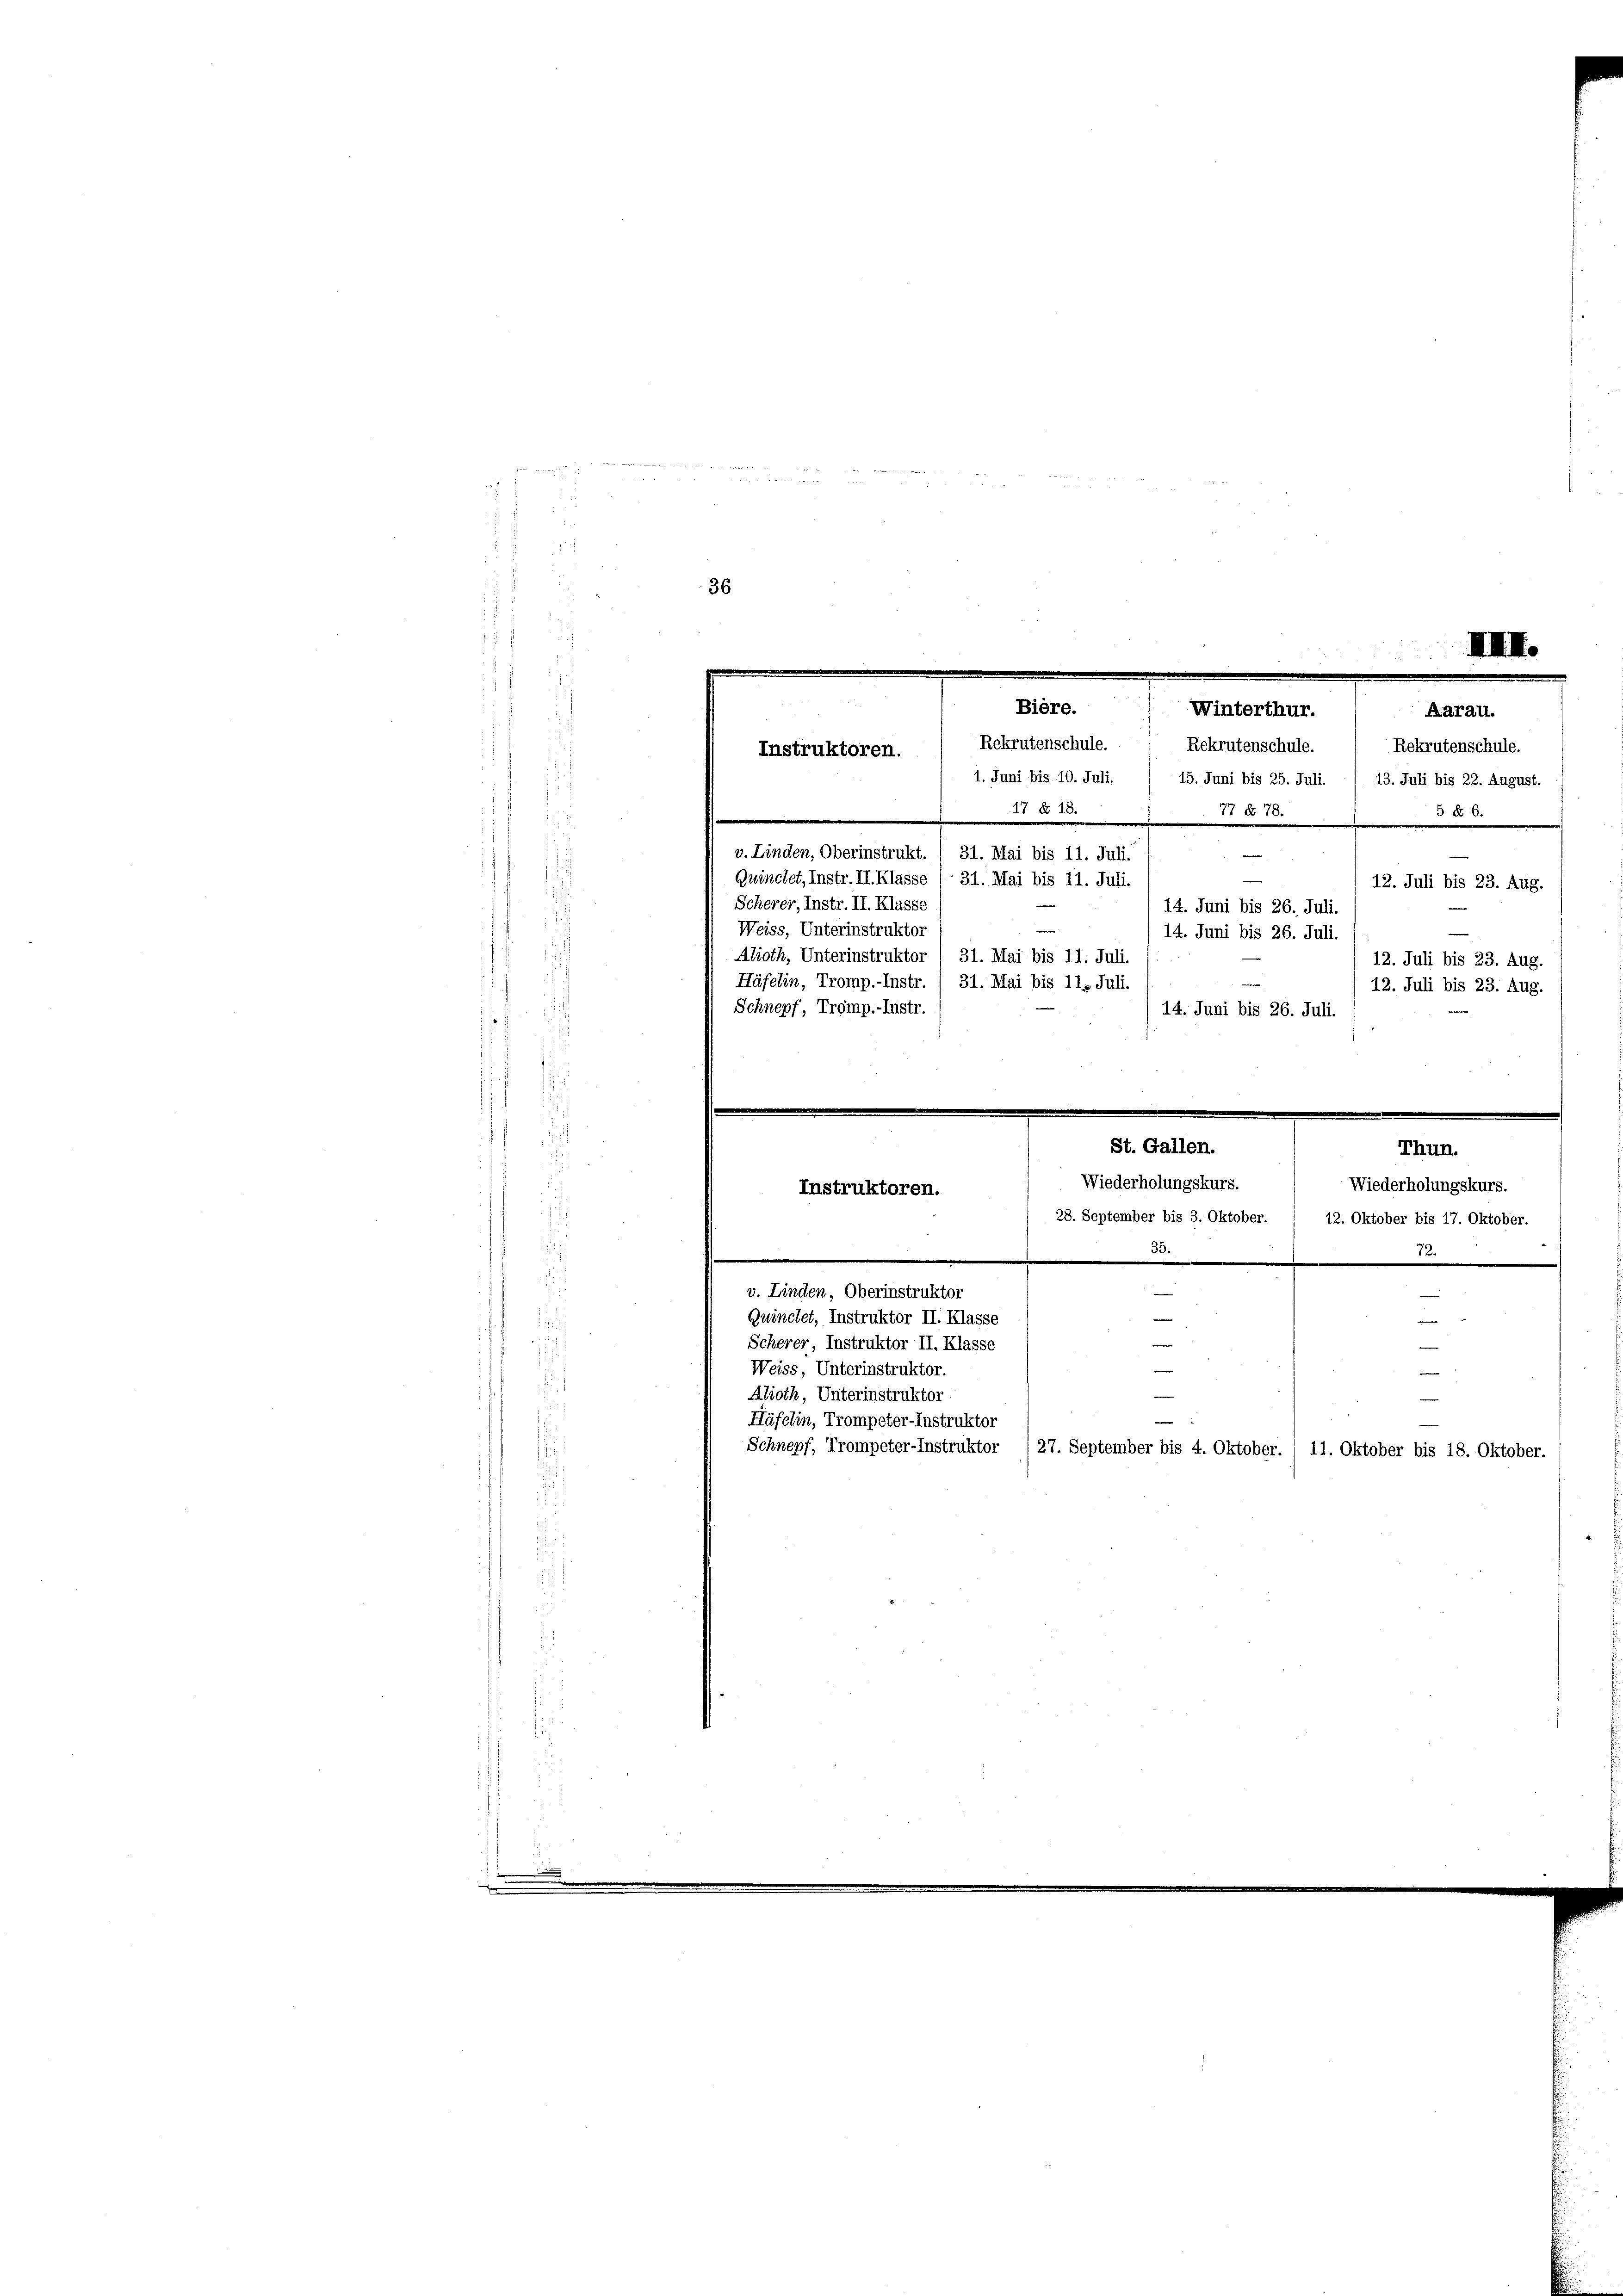
d
.
i
f

36
2
.

¬
I
.
Bière.
Winterthur.
Aarau.
Rekrutenschule.  Rekrutenschule.  Rekrutenschule.
Instruktoren.
1. Juni bis 10. Juli.
15. Juni bis 25. Juli. / 13. Juli bis 22. August.
17 § 18.
77 § 78. 55

v. Linden, Oberinstrukt. / 31. Mai bis 11. Juli.
Gwinchet, Instr. II. Klasse / 31. Mai bis 11. Juli.
Scherer, Instr. II. Klasse
Weiss, Unterinstruktor
Aboth, Unterinstrukto
Häfelin, Tromp.-Instr. (31. Mai bis 11. Juli.
Schnepf, Tromp.-Instr.
Quinclet, Instruktor II. Klasse
Scherer, Instruktor II. Klasse
Weiss, Unterinstruktor.
Alioth, Unterinstruktor
Häfelin, Trompeter-Instruktor
¬

Instruktoren.
v. Linden, Oberinstruktor

—
14. Juni bis 26. Juli.
14. Juni bis 26. Juli.
31. Mai bis 11. Juli
14. Juni bis 26. Juli.
St. Gallen.
Thun.
Wiederholungskurs.
Wiederholungskurs.
28. September bis 3. Oktober. 12. Oktober bis 17. Oktober.
73.
.
—

n
Schnepf, Trompeter-Instruktor / 27. September bis 4. Oktober. / 11. Oktober bis 18. Oktober.

12. Juli bis 23. Aug.
12. Juli bis 23. Aug.
12. Juli bis 23. Aug.